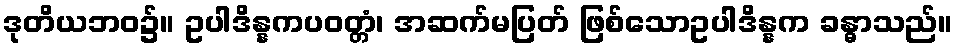
ဒုတိယဘဝ၌။ ဥပါဒိန္နကပဝတ္တံ၊ အဆက်မပြတ် ဖြစ်သောဥပါဒိန္နက ခန္ဓာသည်။